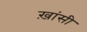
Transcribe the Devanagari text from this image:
ख़ांसी